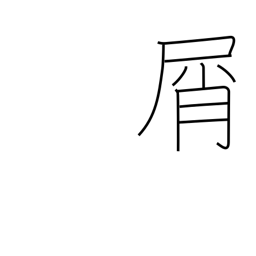
Meaning: waste